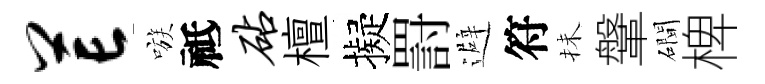
芒嗾祗砧檀擬罸避符抺鞶磵椑